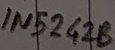
Text: IN5242B